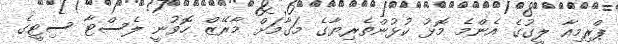
ޕްރިމިއާ ލީގުގެ އެންމެ މޮޅު ކުޅުންތެރިޔާގެ މަގާމަށް މާރޭޒް ހޮވުނީ ލެސްޓާ ސިޓީގެ